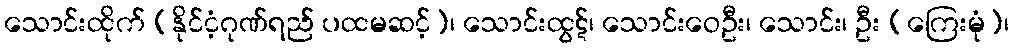
သောင်းထိုက် (နိုင်ငံ့ဂုဏ်ရည် ပထမဆင့်)၊ သောင်းထွဋ်၊ သောင်းဝေဦး၊ သောင်း၊ ဦး (ကြေးမုံ)၊